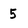
Character: 5